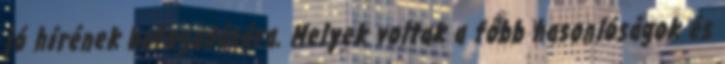
jó hírének befogadására. Melyek voltak a főbb hasonlóságok és